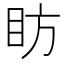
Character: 眆